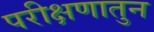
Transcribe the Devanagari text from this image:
परीक्षणातुन